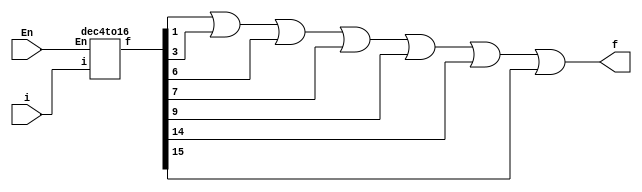
module q(i,f,En);
input [3:0]i;
input En;
output f;
wire [15:0]c;
dec4to16 s0(i,c,En);
assign f = c[1]|c[3]|c[6]|c[7]|c[9]|c[14]|c[15];

endmodule

module dec4to16(i,f,En);
input [3:0]i;
input En;
output reg [15:0]f;
integer j;
always @ (i,En)
begin
if(En)
begin
for(j=0;j<16;j=j+1)
begin
f[j]=(i==j)?1:0;
end
end
end
endmodule